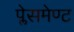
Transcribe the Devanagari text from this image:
प्लेसमेण्ट